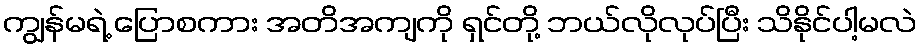
ကျွန်မရဲ့ ပြောစကား အတိအကျကို ရှင်တို့ ဘယ်လိုလုပ်ပြီး သိနိုင်ပါ့မလဲ